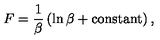
F = \frac 1 \beta \left( \ln \beta + \mathrm { c o n s t a n t } \right) ,